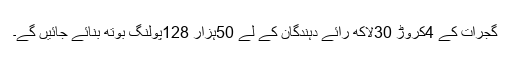
گجرات کے 4کروڑ 30لاکھ رائے دہندگان کے لے 50ہزار 128پولنگ بوتھ بنائے جائیں گے۔